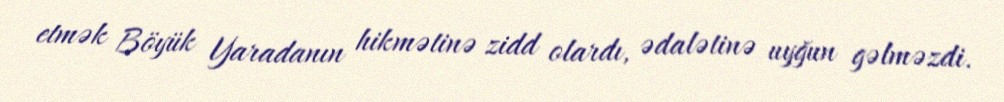
etmək Böyük Yaradanın hikmətinə zidd olardı, ədalətinə uyğun gəlməzdi.